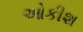
ઓકીશ